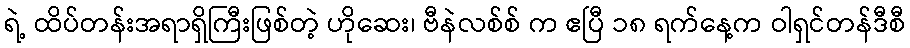
ရဲ့ ထိပ်တန်းအရာရှိကြီးဖြစ်တဲ့ ဟိုဆေး၊ ဗီနဲလစ်စ် က ဧပြီ ၁၈ ရက်နေ့က ဝါရှင်တန်ဒီစီ